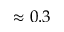
\approx 0 . 3